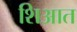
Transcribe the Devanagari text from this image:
शिआत